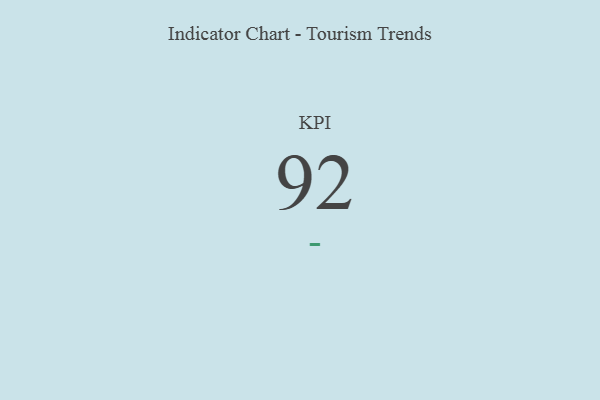
{"axis": {"x": "KPI", "y": "Value"}, "legend": [""], "data": [{"x": "KPI", "y": 92, "type": ""}]}